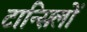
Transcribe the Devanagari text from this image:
टान्सिलों